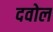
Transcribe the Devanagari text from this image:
दवोल